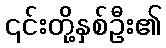
၎င်းတို့နှစ်ဦး၏